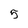
Character: 5